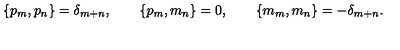
\{ p _ { m } , p _ { n } \} = \delta _ { m + n } , \qquad \{ p _ { m } , m _ { n } \} = 0 , \qquad \{ m _ { m } , m _ { n } \} = - \delta _ { m + n } .